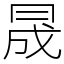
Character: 𠕠